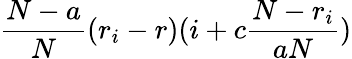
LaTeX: \frac{N-a}{N}(r_{i}-r)(i+c\frac{N-r_{i}}{aN})